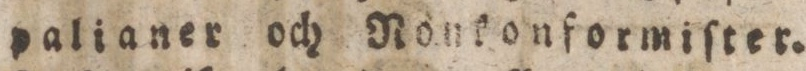
palianer och Nonkonformiſter.